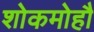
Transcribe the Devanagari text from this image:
शोकमोहौ